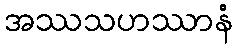
အဿသဟဿာနံ